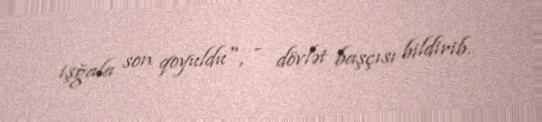
işğala son qoyuldu", - dövlət başçısı bildirib.